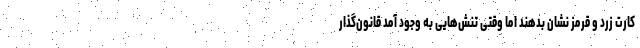
کارت زرد و قرمز نشان بدهند اما وقتی تنش‌هایی به وجود آمد قانون‌گذار